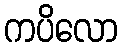
ကပိလော